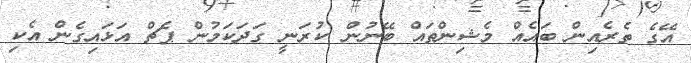
އޭގެ ތެރެއިން ބަައެއް މެޝިންތައް ބޭނުން ކުރަނީ ގަދަކަމުން ޕެޗް އަޅައިގެން އެކި